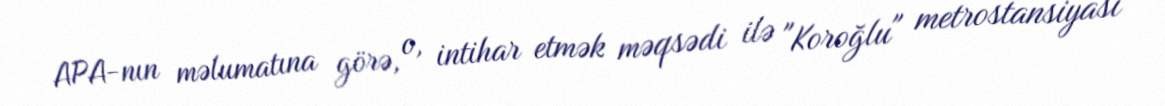
APA-nın məlumatına görə, o, intihar etmək məqsədi ilə "Koroğlu" metrostansiyası